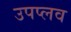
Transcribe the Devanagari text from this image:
उपप्लव